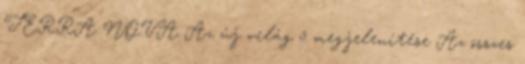
TERRA NOVA Az új világ 5 megjelenítése Az összes